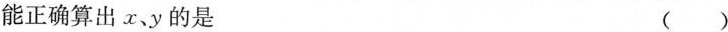
能正确算出x、y的是 ()